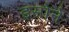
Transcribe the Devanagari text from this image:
इसोने